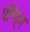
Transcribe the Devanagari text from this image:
पश्चि्म